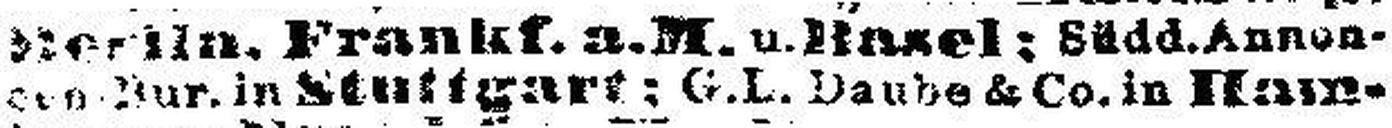
###.Nur. in Stuttgart; G.L. Daube & Co. in Ham¬